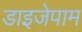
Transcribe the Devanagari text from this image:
डाइजेपाम